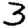
Digit: 3